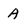
Character: A